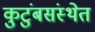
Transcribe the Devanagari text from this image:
कुटुंबसंस्थेत